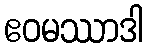
ဧဝမဿာဒါ